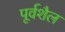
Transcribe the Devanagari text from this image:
पूर्वशैल